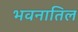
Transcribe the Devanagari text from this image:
भवनातिल